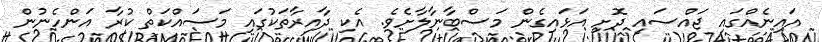
އައިނެއްގައި ޖައްސައި ދޮށި އަޅައިގެން މަސްބާނާލާށެވެ. އެކި ދާއިރާތަކުގައި މަސައްކަތް ކުރާ އަންހެނުން